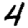
Digit: 4